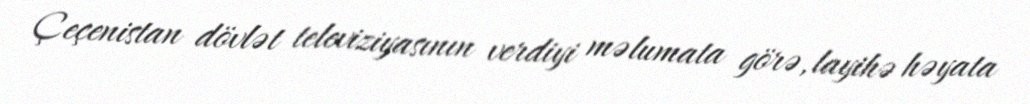
Çeçenistan dövlət televiziyasının verdiyi məlumata görə, layihə həyata